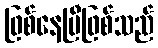
ဖြစ်နေပြီဖြစ်သည်